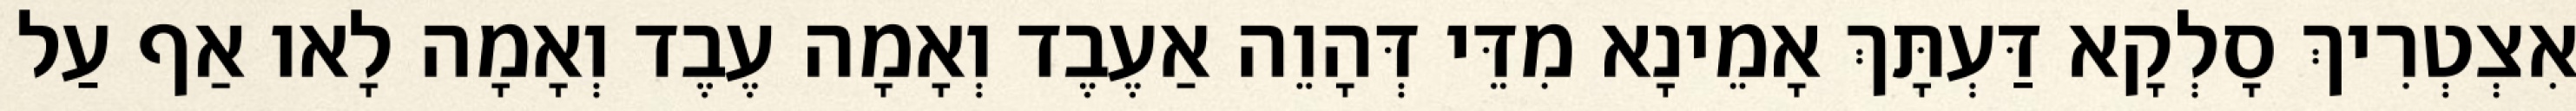
אִצְטְרִיךְ סָלְקָא דַּעְתָּךְ אָמֵינָא מִדֵּי דְּהָוֵה אַעֶבֶד וְאָמָה עֶבֶד וְאָמָה לָאו אַף עַל